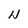
Character: w